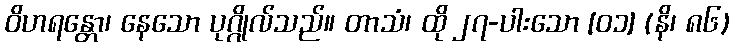
ဝိဟရန္တော၊ နေသော ပုဂ္ဂိုလ်သည်။ တာသံ၊ ထို ၂၇-ပါးသော [၀၁] (နိ၊ ၈၆)